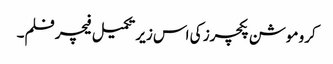
کرو موشن پکچرز کی اس زیر تکمیل فیچر فلم۔